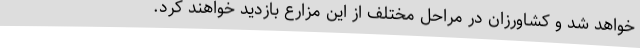
خواهد شد و کشاورزان در مراحل مختلف از این مزارع بازدید خواهند کرد.